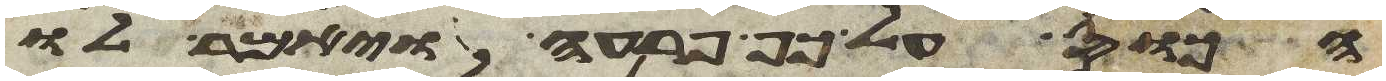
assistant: הכוס על כף פרעה ויאמר לו